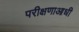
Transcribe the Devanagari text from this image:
परीक्षणाआधी